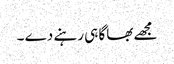
مجھے بھاگا ہی رہنے دے ۔